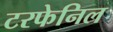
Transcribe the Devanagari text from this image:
टरफेनिल